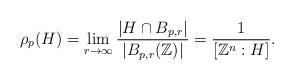
LaTeX: \begin{align*}\rho_p(H) =\lim_{r \to \infty} \frac{|H \cap B_{p,r}|}{|B_{p,r}(\mathbb{Z})|} = \frac{1}{[\mathbb{Z}^n : H]}.\end{align*}